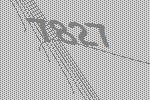
7827